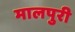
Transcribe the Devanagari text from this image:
मालपुरी